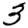
Digit: 3